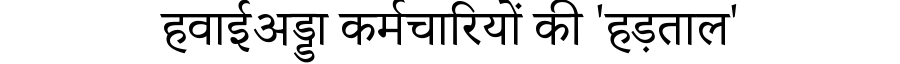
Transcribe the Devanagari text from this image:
हवाईअड्डा कर्मचारियों की 'हड़ताल'